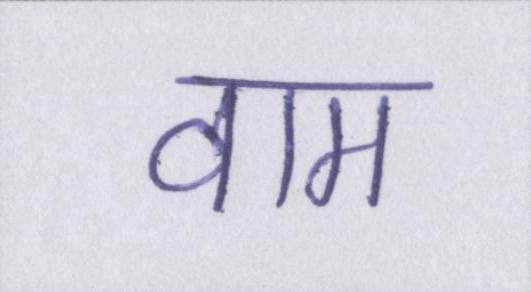
वाम